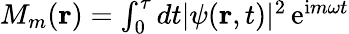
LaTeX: \begin{array}{r}{M_{m}({\mathbf r})=\int_{0}^{\tau}dt|\psi({\mathbf r},t)|^{2}\, \mathrm{e}^{\mathrm{i}m\omega t}}\end{array}